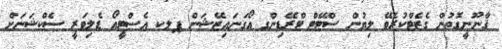
ޤާނޫނީގޮތުން ގެޒެޓްކުރެވޭ ލިޔުން ސްޓޭޓް ޓްރޭޑިންގ އޯގަނައިޒޭޝަން ޕލކ އެސްޓީއޯ ޑެލިވަރީ ސެކްޝަނަށް